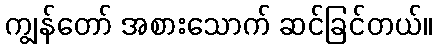
ကျွန်တော် အစားသောက် ဆင်ခြင်တယ်။